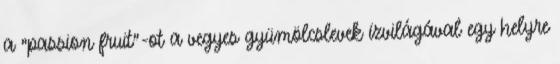
a "passion fruit"-ot a vegyes gyümölcslevek ízvilágával egy helyre